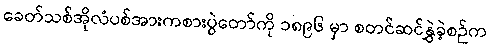
ခေတ်သစ်အိုလံပစ်အားကစားပွဲတော်ကို ၁၈၉၆ မှာ စတင်ဆင်နွှဲခဲ့စဉ်က